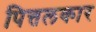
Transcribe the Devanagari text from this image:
पित्तलकार